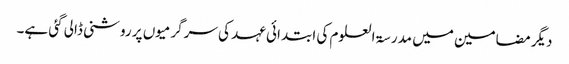
دیگر مضامین میں مدرسۃ العلوم کی ابتدائی عہد کی سرگرمیوں پر روشنی ڈالی گئی ہے۔